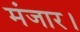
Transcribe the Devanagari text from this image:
मंजार।